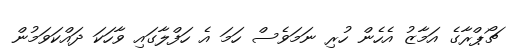
ޗޯޕްރާގެ އަމާޒު އެހެން ހުރި ނަމަވެސް ހަމަ އެ ހަފްލާގައި ވާހަކަ ދައްކަވަމުން